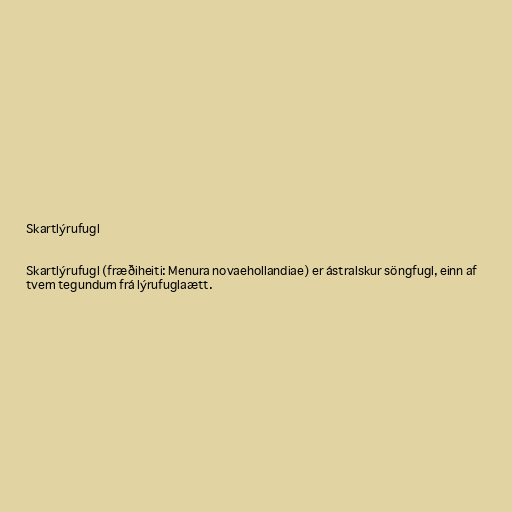
Skartlýrufugl

Skartlýrufugl (fræðiheiti: Menura novaehollandiae) er ástralskur söngfugl, einn af
tvem tegundum frá lýrufuglaætt.